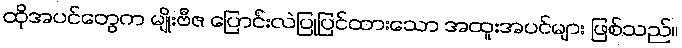
ထိုအပင်တွေက မျိုးဗီဇ ပြောင်းလဲပြုပြင်ထားသော အထူးအပင်များ ဖြစ်သည်။